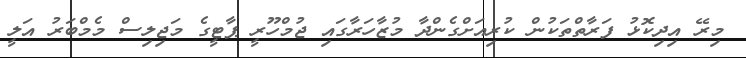
މިރޭ އިދިކޮޅު ފަރާތްތަކުން ކުރިއަށްގެންދާ މުޒާހަރާގައި ޖުމްހޫރީ ޕާޓީގެ މަޖިލިސް މެމްބަރު އަލީ